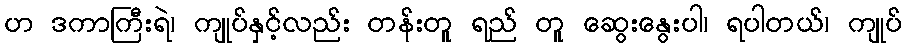
ဟ ဒကာကြီးရဲ၊ ကျုပ်နှင့်လည်း တန်းတူ ရည် တူ ဆွေးနွေးပါ၊ ရပါတယ်၊ ကျုပ်